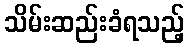
သိမ်းဆည်းခံရသည့်